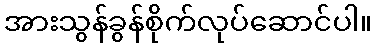
အားသွန်ခွန်စိုက်လုပ်ဆောင်ပါ။